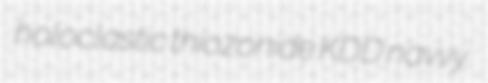
holoclastic thiozonide KDD navvy